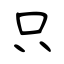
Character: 只